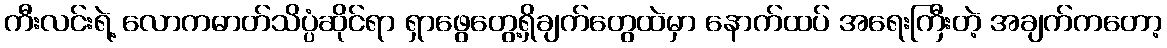
ကီးလင်းရဲ့ လောကဓာတ်သိပ္ပံဆိုင်ရာ ရှာဖွေတွေ့ရှိချက်တွေထဲမှာ နောက်ထပ် အရေးကြီးတဲ့ အချက်ကတော့